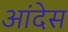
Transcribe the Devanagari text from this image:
आंदेस